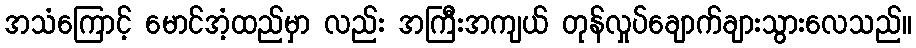
အသံကြောင့် မောင်အံ့ထည်မှာ လည်း အကြီးအကျယ် တုန်လှုပ်ချောက်ချားသွားလေသည်။